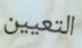
التعيين